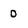
Character: 0